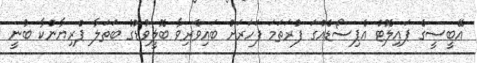
އޭބީސީގެ ޕައިލޮޓް އެޕިސޯޑެއްގަ ފުރަތަމަ ފަހަރަށް ބައިވެރިވާ ބޮލީވުޑްގެ ބަތަލާ ޕްރިޔާންކާ ބުނީ